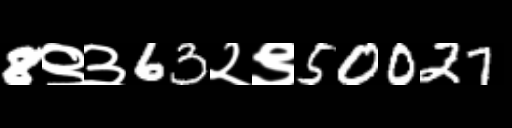
Text: 8९३63२९50027